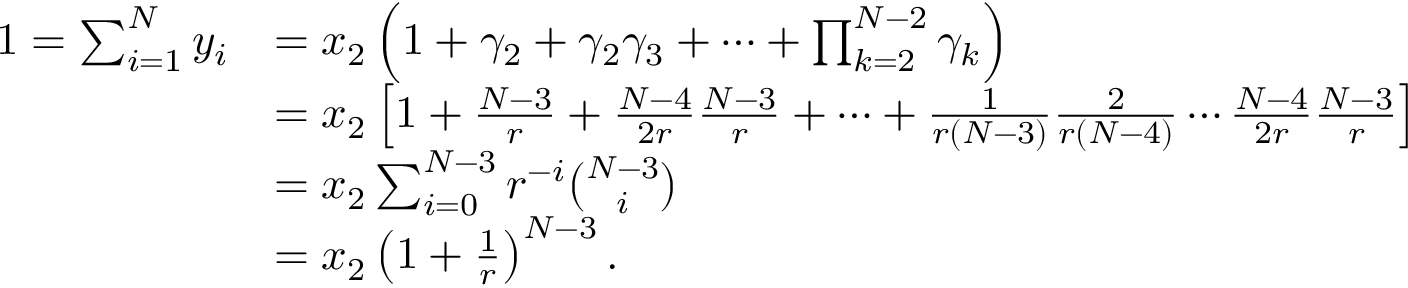
\begin{array} { r l } { 1 = \sum _ { i = 1 } ^ { N } y _ { i } } & { = x _ { 2 } \left( 1 + \gamma _ { 2 } + \gamma _ { 2 } \gamma _ { 3 } + \cdots + \prod _ { k = 2 } ^ { N - 2 } \gamma _ { k } \right) } \\ & { = x _ { 2 } \left[ 1 + \frac { N - 3 } { r } + \frac { N - 4 } { 2 r } \frac { N - 3 } { r } + \cdots + \frac { 1 } { r ( N - 3 ) } \frac { 2 } { r ( N - 4 ) } \cdots \frac { N - 4 } { 2 r } \frac { N - 3 } { r } \right] } \\ & { = x _ { 2 } \sum _ { i = 0 } ^ { N - 3 } r ^ { - i } \binom { N - 3 } { i } } \\ & { = x _ { 2 } \left( 1 + \frac { 1 } { r } \right) ^ { N - 3 } . } \end{array}